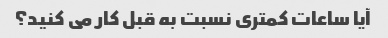
آیا ساعات کمتری نسبت به قبل کار می کنید؟